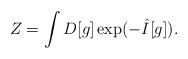
LaTeX: \begin{align*}Z=\int D[g] \exp (-\hat{I}[g]).\end{align*}